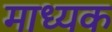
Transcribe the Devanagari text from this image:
माध्यक